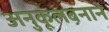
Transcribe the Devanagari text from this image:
अनुकूलबनाने